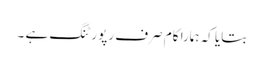
بتایا کہ ہمارا کام صرف رپورٹنگ ہے ۔